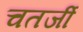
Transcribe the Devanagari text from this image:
चतर्जी